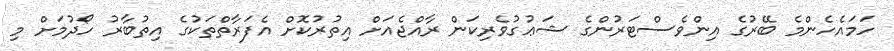
ހަމައެހެންމެ ބޭރުގެ އިންވެސްޓަރުންގެ ޝަޢުގުވެރިކަން ރާއްޖެއަށް އިތުރުކޮށް އެފަރާތްތަކުގެ އިތުބާރު ހޯދުމަށް މި